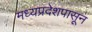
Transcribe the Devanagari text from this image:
मध्यप्रदेशपासून